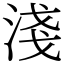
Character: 淺